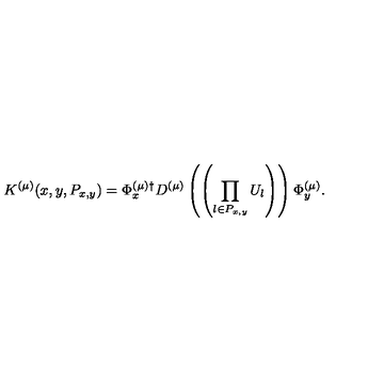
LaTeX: K ^ { ( \mu ) } ( x , y , P _ { x , y } ) = \Phi _ { x } ^ { ( \mu ) \dagger } D ^ { ( \mu ) } \left( \left( \prod _ { l \in P _ { x , y } } U _ { l } \right) \right) \Phi _ { y } ^ { ( \mu ) } .